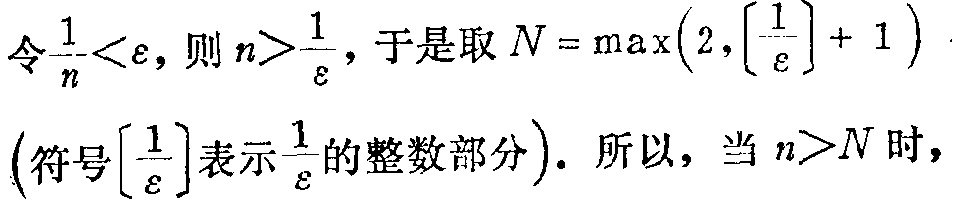
令\(\frac{1}{n}<\varepsilon\)，则\(n>\frac{1}{\varepsilon}\)，于是取\(N = \max\left(2,\left[\frac{1}{\varepsilon}\right] + 1\right)\)（符号\(\left[\frac{1}{\varepsilon}\right]\)表示\(\frac{1}{\varepsilon}\)的整数部分）. 所以，当 \(n>N\) 时，